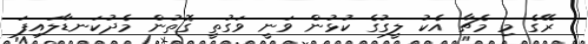
ރޭގެ މި މެޗާ އެކު ލީގުގެ ކުޅުން ވަނީ ވަގުތީ ގޮތުން މެދުކަނޑާލައިފަ